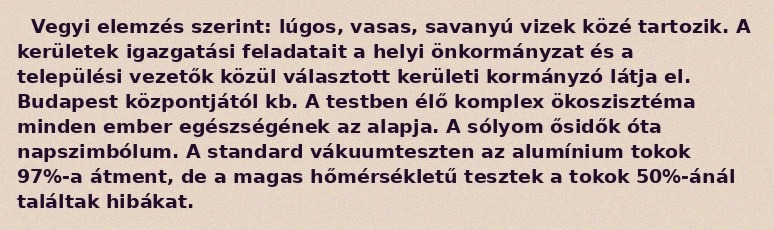
Vegyi elemzés szerint: lúgos, vasas, savanyú vizek közé tartozik. A kerületek igazgatási feladatait a helyi önkormányzat és a települési vezetők közül választott kerületi kormányzó látja el. Budapest központjától kb. A testben élő komplex ökoszisztéma minden ember egészségének az alapja. A sólyom ősidők óta napszimbólum. A standard vákuumteszten az alumínium tokok 97%-a átment, de a magas hőmérsékletű tesztek a tokok 50%-ánál találtak hibákat.